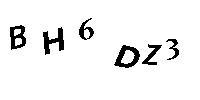
BH6DZ3